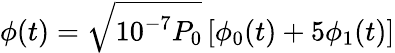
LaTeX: \phi(t)=\sqrt{10^{-7}P_{0}}\, [\phi_{0}(t)+5\phi_{1}(t)]